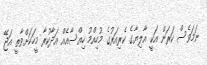
ނަމަވެސް ކަރަން އަކީ އާލިޔާގެ ކެރިއަރުގެ މުހިއްމު ހިއްސާއެއް އަދާކުރާ މީހަކަށްވާތީ އަޖޭ